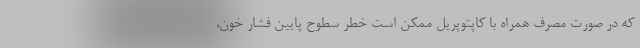
که در صورت مصرف همراه با کاپتوپریل ممکن است خطر سطوح پایین فشار خون،